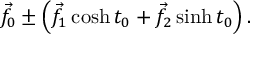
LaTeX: { \vec { f } } _ { 0 } \pm \left( { \vec { f } } _ { 1 } \cosh t _ { 0 } + { \vec { f } } _ { 2 } \sinh t _ { 0 } \right) .